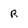
Character: R